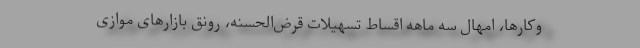
وکارها، امهال سه ماهه اقساط تسهیلات قرض‌الحسنه، رونق بازارهای موازی